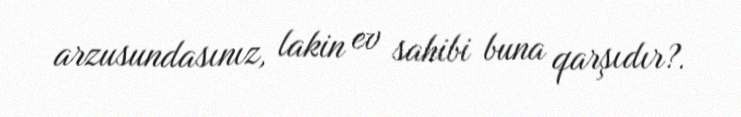
arzusundasınız, lakin ev sahibi buna qarşıdır?.